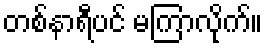
တစ်နာရီပင် မကြာလိုက်။